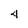
Character: 4